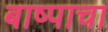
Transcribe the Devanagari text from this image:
बाष्पाचा